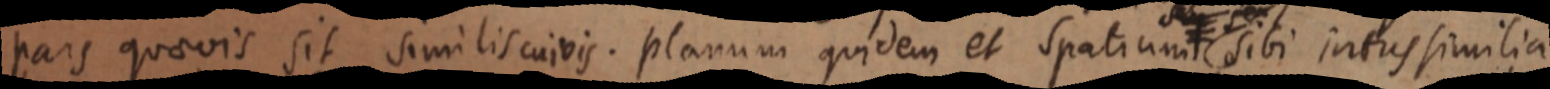
pars quaevis sit similis cuivis. planum quidem et spatium sibi intus similia